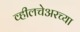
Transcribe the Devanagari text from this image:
व्हीलचेअरच्या